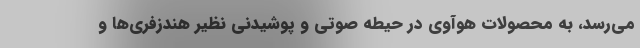
می‌رسد، به محصولات هوآوی در حیطه صوتی و پوشیدنی نظیر هندزفری‌ها و